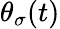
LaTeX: \theta_{\sigma}(t)